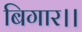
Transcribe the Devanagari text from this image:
बिगार।।